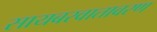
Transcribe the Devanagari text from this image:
सायबरवातावरण